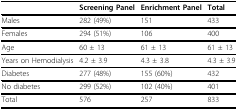
|  | Screening Panel | Enrichment Panel | Total |
 | --- | --- | --- | --- |
 | Males | 282 (49%) | 151 | 433 |
 | Females | 294 (51%) | 106 | 400 |
 | Age | 60 ± 13 | 61 ± 13 | 61 ± 13 |
 | Years on Hemodialysis | 4.2 ± 3.9 | 4.3 ± 3.8 | 4.3 ± 3.9 |
 | Diabetes | 277 (48%) | 155 (60%) | 432 |
 | No diabetes | 299 (52%) | 102 (40%) | 401 |
 | Total | 576 | 257 | 833 |